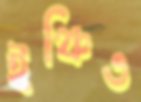
ইঞ্চিও